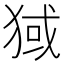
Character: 𬌶